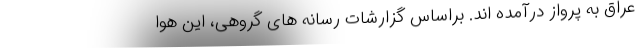
عراق به پرواز درآمده اند. براساس گزارشات رسانه های گروهی، این هوا